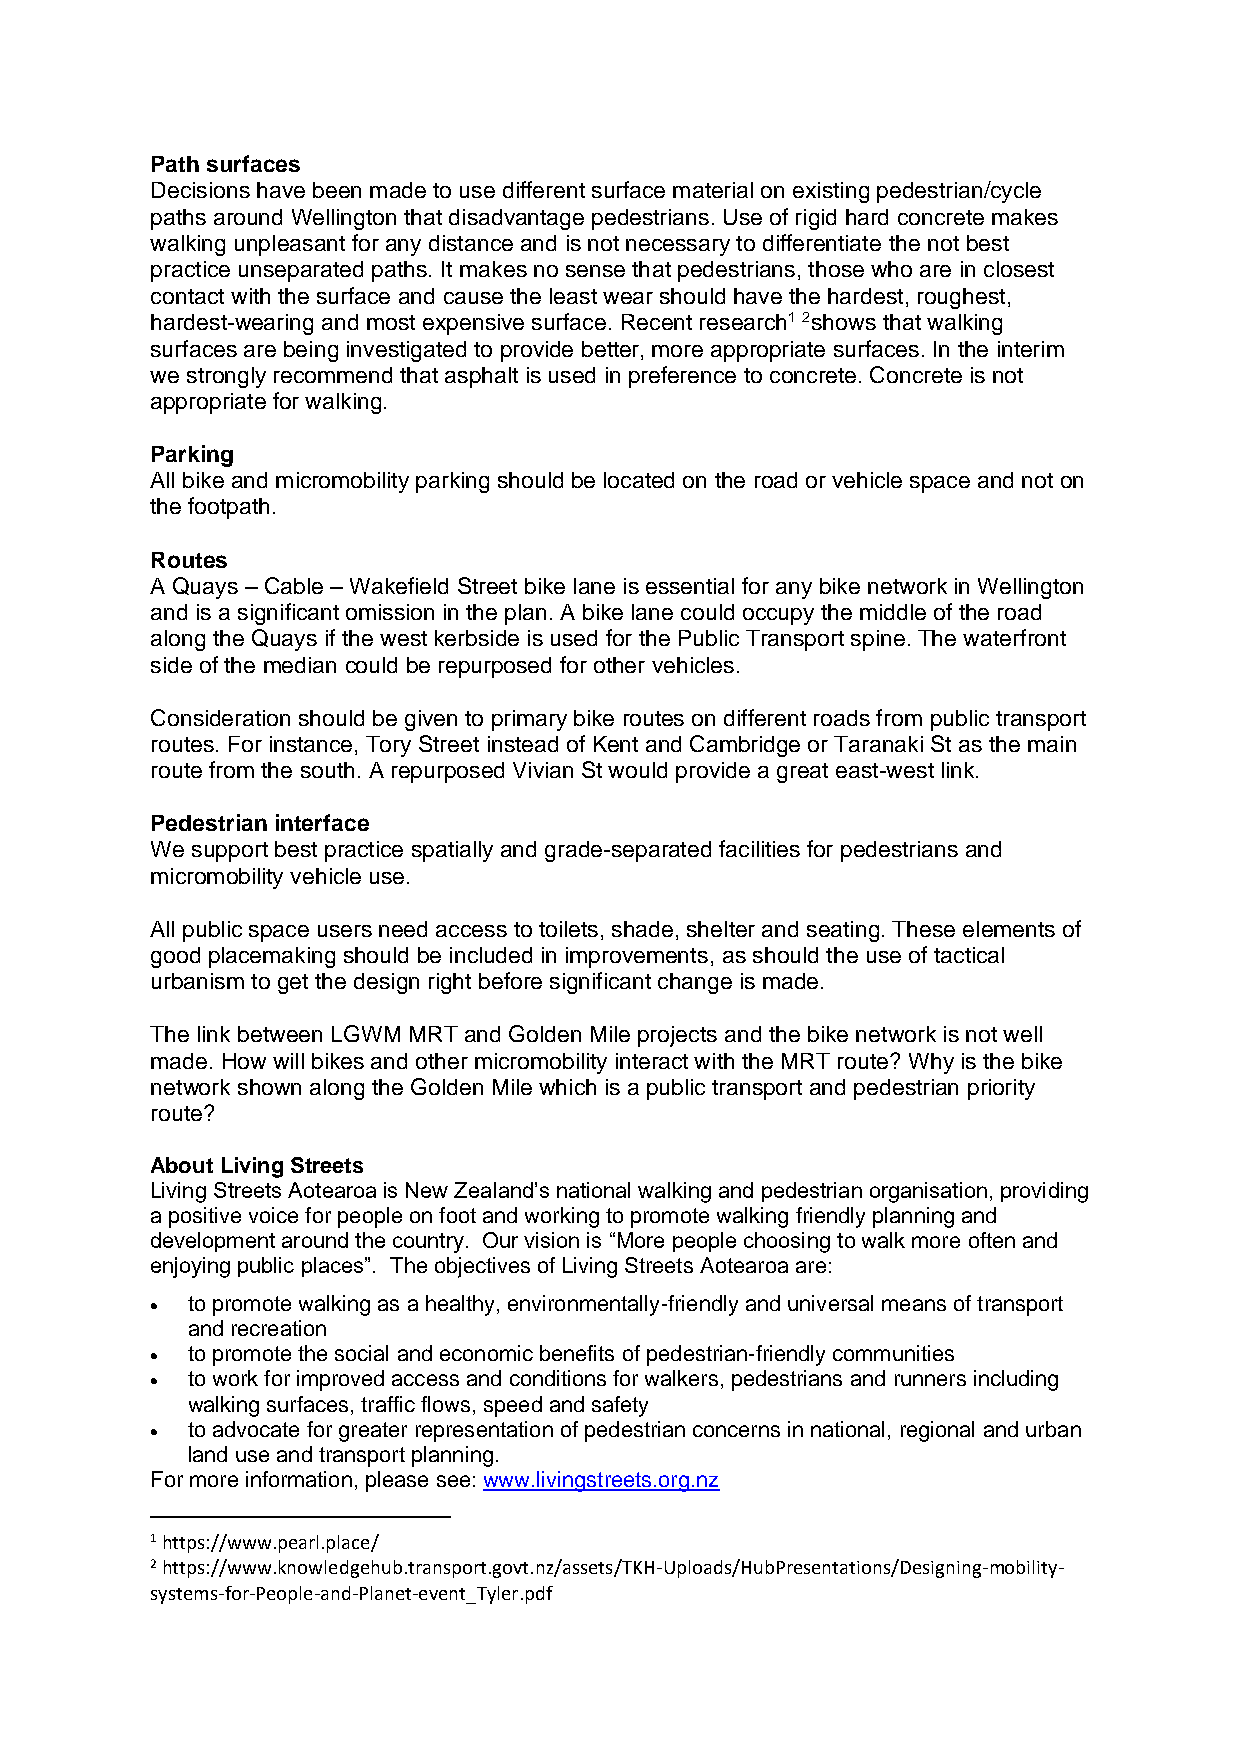
Path surfaces
 Decisions have been made to use different surface material on existing pedestrian/cycle
 paths around Wellington that disadvantage pedestrians. Use of rigid hard concrete makes
 walking unpleasant for any distance and is not necessary to differentiate the not best
 practice unseparated paths. It makes no sense that pedestrians, those who are in closest
 contact with the surface and cause the least wear should have the hardest, roughest,
 hardest-wearing and most expensive surface. Recent research1 2shows that walking
 surfaces are being investigated to provide better, more appropriate surfaces. In the interim
 we strongly recommend that asphalt is used in preference to concrete. Concrete is not
 appropriate for walking.
 Parking
 All bike and micromobility parking should be located on the road or vehicle space and not on
 the footpath.
 Routes
 A Quays – Cable – Wakefield Street bike lane is essential for any bike network in Wellington
 and is a significant omission in the plan. A bike lane could occupy the middle of the road
 along the Quays if the west kerbside is used for the Public Transport spine. The waterfront
 side of the median could be repurposed for other vehicles.
 Consideration should be given to primary bike routes on different roads from public transport
 routes. For instance, Tory Street instead of Kent and Cambridge or Taranaki St as the main
 route from the south. A repurposed Vivian St would provide a great east-west link.
 Pedestrian interface
 We support best practice spatially and grade-separated facilities for pedestrians and
 micromobility vehicle use.
 All public space users need access to toilets, shade, shelter and seating. These elements of
 good placemaking should be included in improvements, as should the use of tactical
 urbanism to get the design right before significant change is made.
 The link between LGWM MRT and Golden Mile projects and the bike network is not well
 made. How will bikes and other micromobility interact with the MRT route? Why is the bike
 network shown along the Golden Mile which is a public transport and pedestrian priority
 route?
 About Living Streets
 Living Streets Aotearoa is New Zealand’s national walking and pedestrian organisation, providing
 a positive voice for people on foot and working to promote walking friendly planning and
 development around the country. Our vision is “More people choosing to walk more often and
 enjoying public places”. The objectives of Living Streets Aotearoa are:
 • to promote walking as a healthy, environmentally-friendly and universal means of transport
 and recreation
 • to promote the social and economic benefits of pedestrian-friendly communities
 • to work for improved access and conditions for walkers, pedestrians and runners including
 walking surfaces, traffic flows, speed and safety
 • to advocate for greater representation of pedestrian concerns in national, regional and urban
 land use and transport planning.
 For more information, please see: www.livingstreets.org.nz
 1 https://www.pearl.place/
 2 https://www.knowledgehub.transport.govt.nz/assets/TKH-Uploads/HubPresentations/Designing-mobility-
 systems-for-People-and-Planet-event_Tyler.pdf